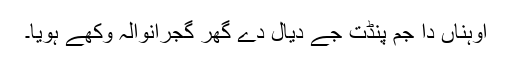
اوہناں دا جم پنڈت جےَ دیال دے گھر گجرانوالہ وکھے ہویا۔